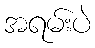
အရမ်းပဲ